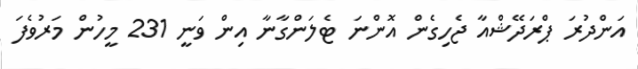
އަންދުރަ ޕްރަދޭޝްއާ ޖެހިގެން އޮންނަ ޓެލަންގާނާ އިން ވަނީ 231 މީހުން މަރުވެފަ